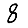
Digit: 8